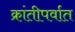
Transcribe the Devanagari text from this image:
क्रांतीपर्वात